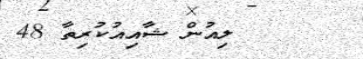
ލިއުން ޝާއިއުކުރިތާ 48